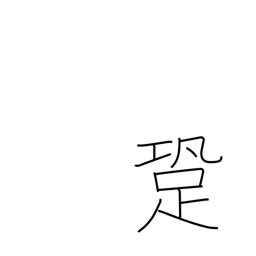
Meaning: sound of footsteps